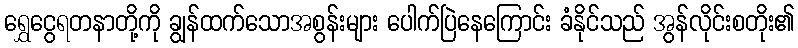
ရွှေငွေရတနာတို့ကို ချွန်ထက်သောအစွန်းများ ပေါက်ပြဲနေကြောင်း ခံနိုင်သည် အွန်လိုင်းစတိုး၏